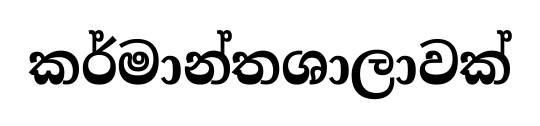
කර්මාන්තශාලාවක්